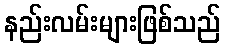
နည်းလမ်းများဖြစ်သည်